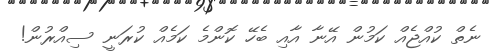
ނެތް ކުއްޖެއް ކަމުން އޭނާ އާއި ބެހޭ ކޮންމެ ކަމެއް ކުރަނީ ސިއްރުން!